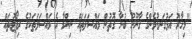
"މިހާރު އަޅުގަނޑުމެންގެ ގާނޫނު ބުނާ ގޮތުން މައްސަލަތައް ނިންމާ އެ މައްސަލަތަކުގެ ރިޕޯޓުތައް